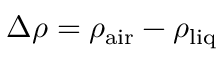
\Delta \rho = \rho _ { \mathrm { a i r } } - \rho _ { \mathrm { l i q } }